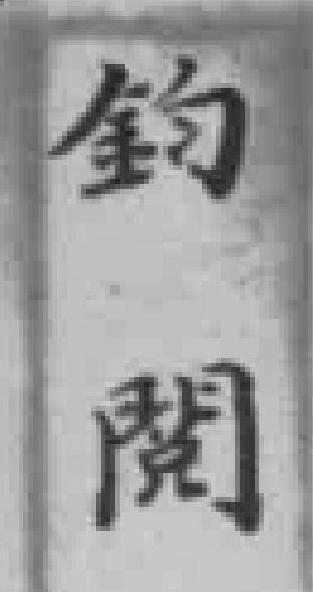
鈞閱